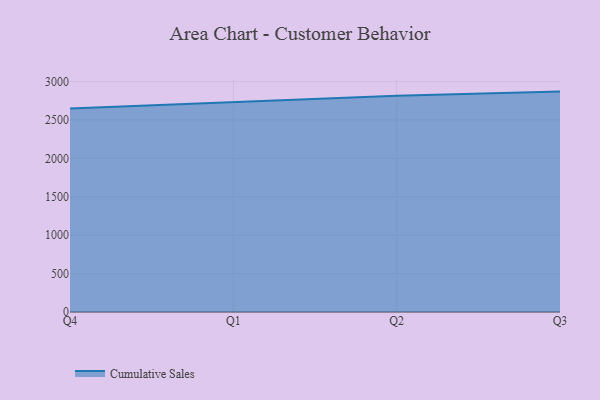
{"axis": {"x": "Quarter", "y": "Tickets Resolved"}, "legend": ["Cumulative Sales"], "data": [{"x": "Q4", "y": 2647.9, "type": "Cumulative Sales"}, {"x": "Q1", "y": 2733.2, "type": "Cumulative Sales"}, {"x": "Q2", "y": 2813.8, "type": "Cumulative Sales"}, {"x": "Q3", "y": 2869.3, "type": "Cumulative Sales"}]}